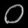
Digit: ၀